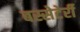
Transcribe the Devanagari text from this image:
बस्सेटेर्री